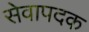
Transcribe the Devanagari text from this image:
सेवापदक